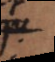
que